Vaccination in Burma 1912-1922 - 1912-1922
Year: 1912
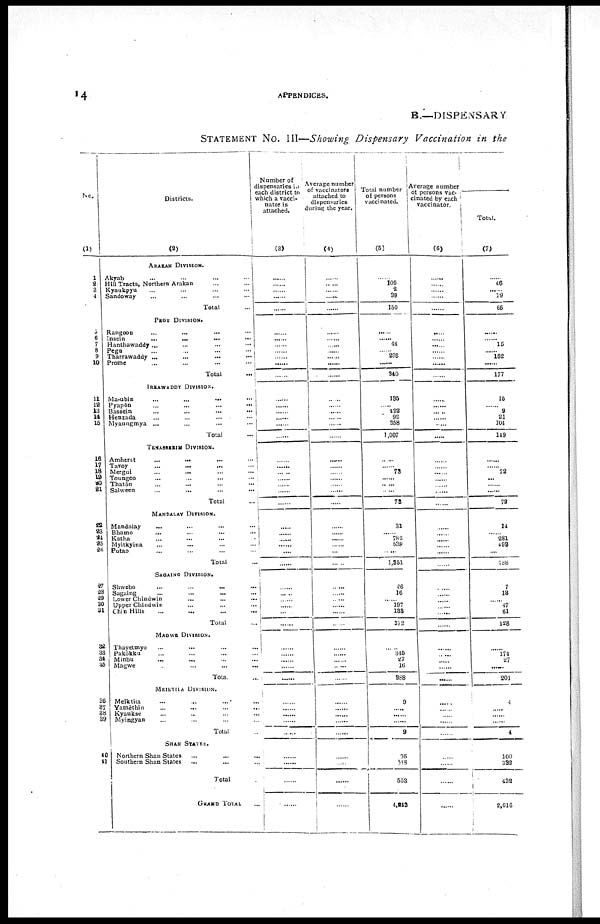
14
APPENDICES.
B.—DISPENSARY
STATEMENT NO. III—Showing Dispensary Vaccination in the
No.
(1)
1
2
3
4
5
6
7
8
9
10
11
12
13
14 15
16
17
18
19
20
21
22
23 24
25
26
27
28
29
30
31
32
33
34
35
36
37
38
39
40
41
Districts.
(2)
ARAKAN DIVISION.
Akyab ... ... ... ...
Hill Tracts, Northern Arakan ... ... ...
Kyaukpyu ... ... ... ...
Sandoway ... ... ... ...
Total ...
PEGU DIVISION.
Rangoon ... ... ... ...
Insein ... ... ... ...
Hanthawaddy ... ... ... ...
Pegu ... ... ... ...
Tharrawaddy ... ... ... ...
Prome ... ... ... ...
Total ...
IRRAWADDY DIVISION.
Ma-ubin
...
...
...
...
Pyapôn
...
...
...
...
Bassein ... ... ... ...
Henzada ... ... ... ...
Myaungmya ... ... ... ...
Total ...
TENASARRIM DIVISION.
Amherst
...
...
...
Tavoy ... ... ... ...
Mergui ... ... ... ...
Toungoo ... ... ... ...
Thatôn ... ... ... ...
Salween ... ... ... ...
Total ...
MANDALAY DIVISION.
Mandalay ... ... ... ...
Bhamo
...
...
...
...
Katha ... ... ... ...
Myitkyina ... ... ... ...
Putao ... ... ... ...
Total ...
SAGAING DIVISION.
Shwebo
...
...
...
...
Sagaing ... ... ... ...
Lower Chindwin ... ... ... ...
Upper Chindwin ... ... ... ...
Chin Hills ... ... ... ...
Total ...
MAGWE DIVISION.
Thayetmyo ... ... ... ...
Pakôkku ... ... ... ...
Minbu ... ... ... ...
Magwe ... ... ... ...
Total. ...
MEIKTILA DIVISION.
Meiktila ... ... ... ...
Yamèthin ... ... ... ...
Kyaukse ... ... ... ...
Myingyan ... ... ... ...
Total ...
SHAN STATES.
Northern Shan States ... ... ...
Southern Shan States ... ... ...
Total
...
GRAND TOTAL
...
Namber of
dispensaries in
each district to
which a vacci-
nator is
attached.
(3)
......
......
...... ......
......
......
...... ......
......
......
......
......
......
......
...... ......
......
......
......
......
......
......
......
......
......
......
......
...... ......
......
......
......
......
......
...... ......
......
......
......
......
......
......
......
......
......
......
......
......
......
......
......
Average number
of vaccinators
attached to
dispensaries
during the year.
(4)
......
......
......
......
......
......
...... ......
...... ......
......
......
......
......
...... ......
......
......
......
......
......
......
......
......
......
......
......
......
......
......
......
......
......
......
......
......
......
......
......
...... ......
......
......
......
......
......
......
......
......
......
......
Total number
of persons
vaccinated.
(5)
......
109
2
39
150
......
......
44
......
296
......
340
135
...... 422 92
358
1,007
......
......
73
...... ......
......
73
31
...... 782
538
......
1,351
26
16
...... 197
133
372
......
345
27
16
388
9
......
......
......
9
95
218
553
4,243
Average number
of persons vac-
cinated by each
vaccinator.
(6)
......
......
......
......
......
......
...... ......
......
......
......
......
......
......
...... ......
......
......
......
......
......
......
......
......
......
......
......
......
......
......
......
......
......
......
...... ......
......
......
......
......
......
......
......
......
......
......
......
......
......
......
......
Total.
(7)
......
46
......
19
65
......
......
15
...... 162
......
177
15
......
9
21
104
149
......
......
72
......
......
......
72
14
...... 281
493
...
788
7
13
......
47
61
128
......
174
27
......
201
4
......
......
......
4
100
332
432
2,016